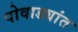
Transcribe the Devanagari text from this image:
पोवाड्यांत